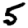
Digit: 5